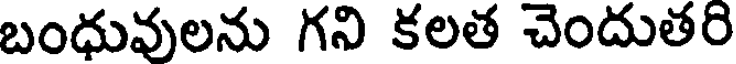
బంధువులను గని కలత చెందుతరి